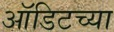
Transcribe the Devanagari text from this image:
ऑडिटच्या